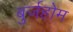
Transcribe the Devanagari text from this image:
बुर्जहोम